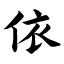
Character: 依